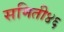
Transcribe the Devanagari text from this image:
समिती४६